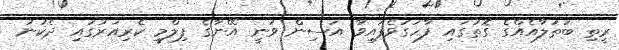
ރީތި ބަތަލާއެއްގެ ގޮތުގައި ފާހަގަވެފައިވާ އަސިން ވަނީ އޭނާގެ ފިލްމީ ކެރިއަރުގައި ދެކުނު